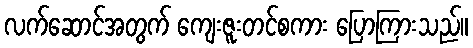
လက်ဆောင်အတွက် ကျေးဇူးတင်စကား ပြောကြားသည်။